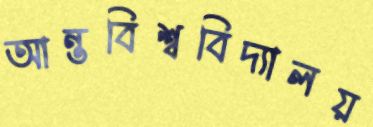
আন্তবিশ্ববিদ্যালয়